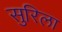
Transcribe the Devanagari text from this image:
सुरिला